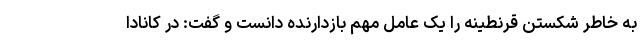
به خاطر شکستن قرنطینه را یک عامل مهم بازدارنده دانست و گفت: در کانادا